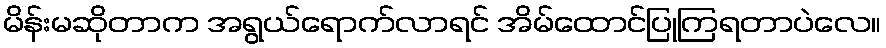
မိန်းမဆိုတာက အရွယ်ရောက်လာရင် အိမ်ထောင်ပြုကြရတာပဲလေ။